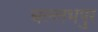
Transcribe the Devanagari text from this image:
बल्लभपुर